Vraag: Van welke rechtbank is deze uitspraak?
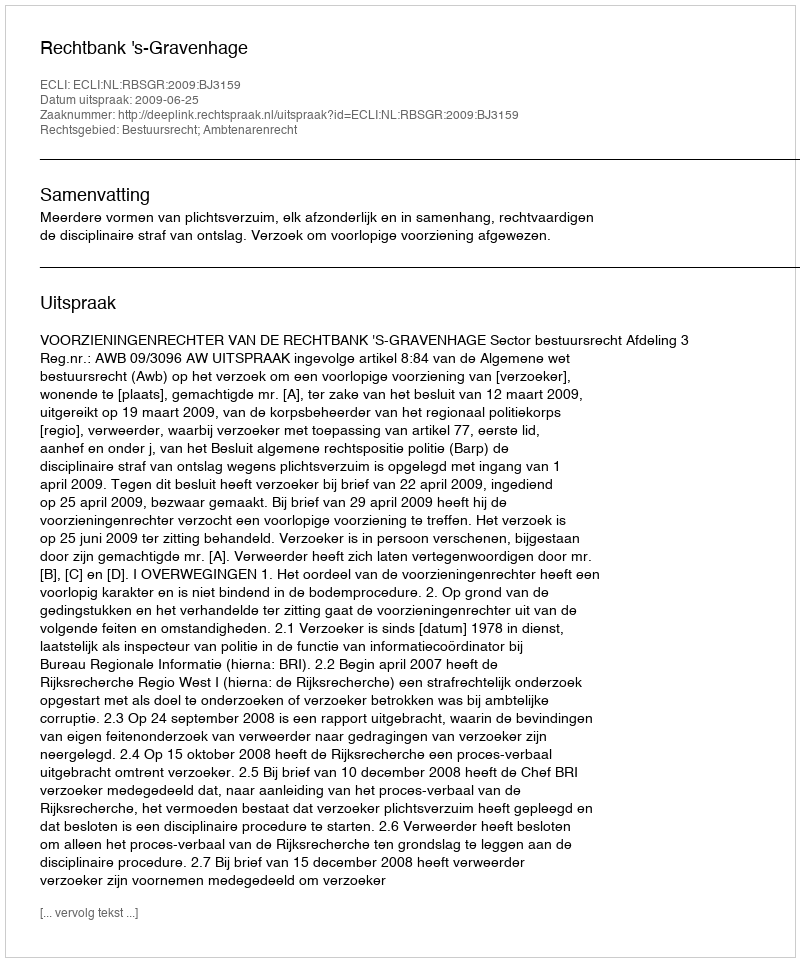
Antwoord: Rechtbank 's-Gravenhage